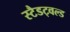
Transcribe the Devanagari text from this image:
स्टैडट्वल्ड